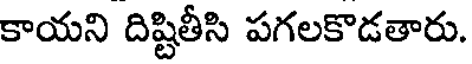
కాయని దిష్టితీసి పగలకొడతారు.